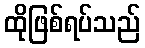
ထိုဖြစ်ရပ်သည်